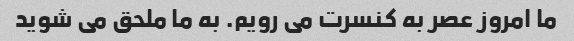
ما امروز عصر به کنسرت می رویم. به ما ملحق می شوید